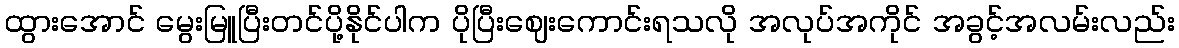
ထွားအောင် မွေးမြူပြီးတင်ပို့နိုင်ပါက ပိုပြီးဈေးကောင်းရသလို အလုပ်အကိုင် အခွင့်အလမ်းလည်း